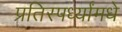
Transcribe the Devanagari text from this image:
प्रतिस्पर्ध्यांमधे